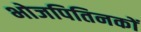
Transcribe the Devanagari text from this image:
भोजपितिनकों